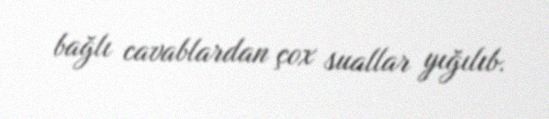
bağlı cavablardan çox suallar yığılıb.